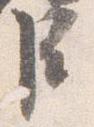
臣